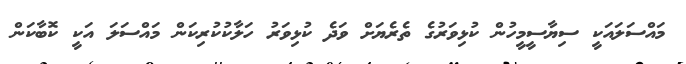
މައްސަލައަކީ ސިޔާސީމީހުން ކުޅިވަރުގެ ތެރެޔަށް ވަދެ ކުޅިވަރު ހަލާކުކުރިކަން މައްސަލަ އަކީ ކޮބާކަން